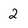
Character: 2